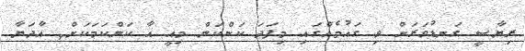
ރިޔާސީ ގަނޑުވަރަށް ވި ގައުމެއްގައި މިފަދަ ކަންކަން މިއީ އާ ކަންކަމަކަށް